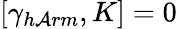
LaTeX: [\gamma_{h\mathcal{A}rm},K]=0